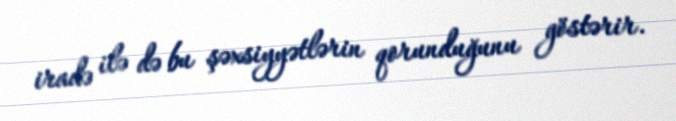
iradə ilə də bu şəxsiyyətlərin qorunduğunu göstərir.